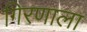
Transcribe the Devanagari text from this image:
गिरणाला